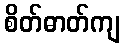
စိတ်ဓာတ်ကျ